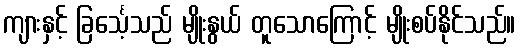
ကျားနှင့် ခြင်္သေ့သည် မျိုးနွယ် တူသောကြောင့် မျိုးစပ်နိုင်သည်။